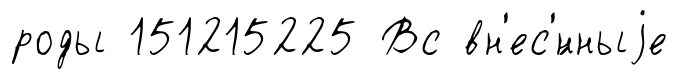
роды 151215225 Вс вн'ес'́нныjе